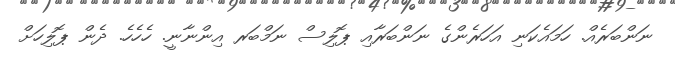
ނަންބަރެއް. ހަމައެކަނި އަހަރެންގެ ނަންބަރާއި ޕޮލިސް ނަމްބަރ އިންނާނީ. ހެހެހެ. ދެން ޕޮލިހަށް